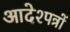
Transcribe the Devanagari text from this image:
आदेश्पत्रों